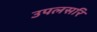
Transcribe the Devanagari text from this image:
उपलसरि